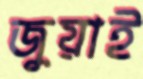
জুয়াই